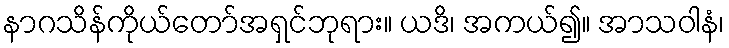
နာဂသိန်ကိုယ်တော်အရှင်ဘုရား။ ယဒိ၊ အကယ်၍။ အာသဝါနံ၊